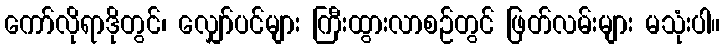
ကော်လိုရာဒိုတွင်၊ လျှော်ပင်များ ကြီးထွားလာစဉ်တွင် ဖြတ်လမ်းများ မသုံးပါ။